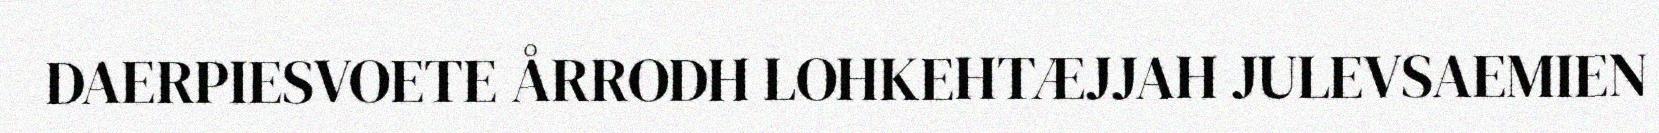
DAERPIESVOETE ÅRRODH LOHKEHTÆJJAH JULEVSAEMIEN